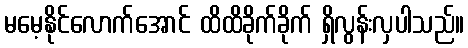
မမေ့နိုင်လောက်အောင် ထိထိခိုက်ခိုက် ရှိလွန်းလှပါသည်။